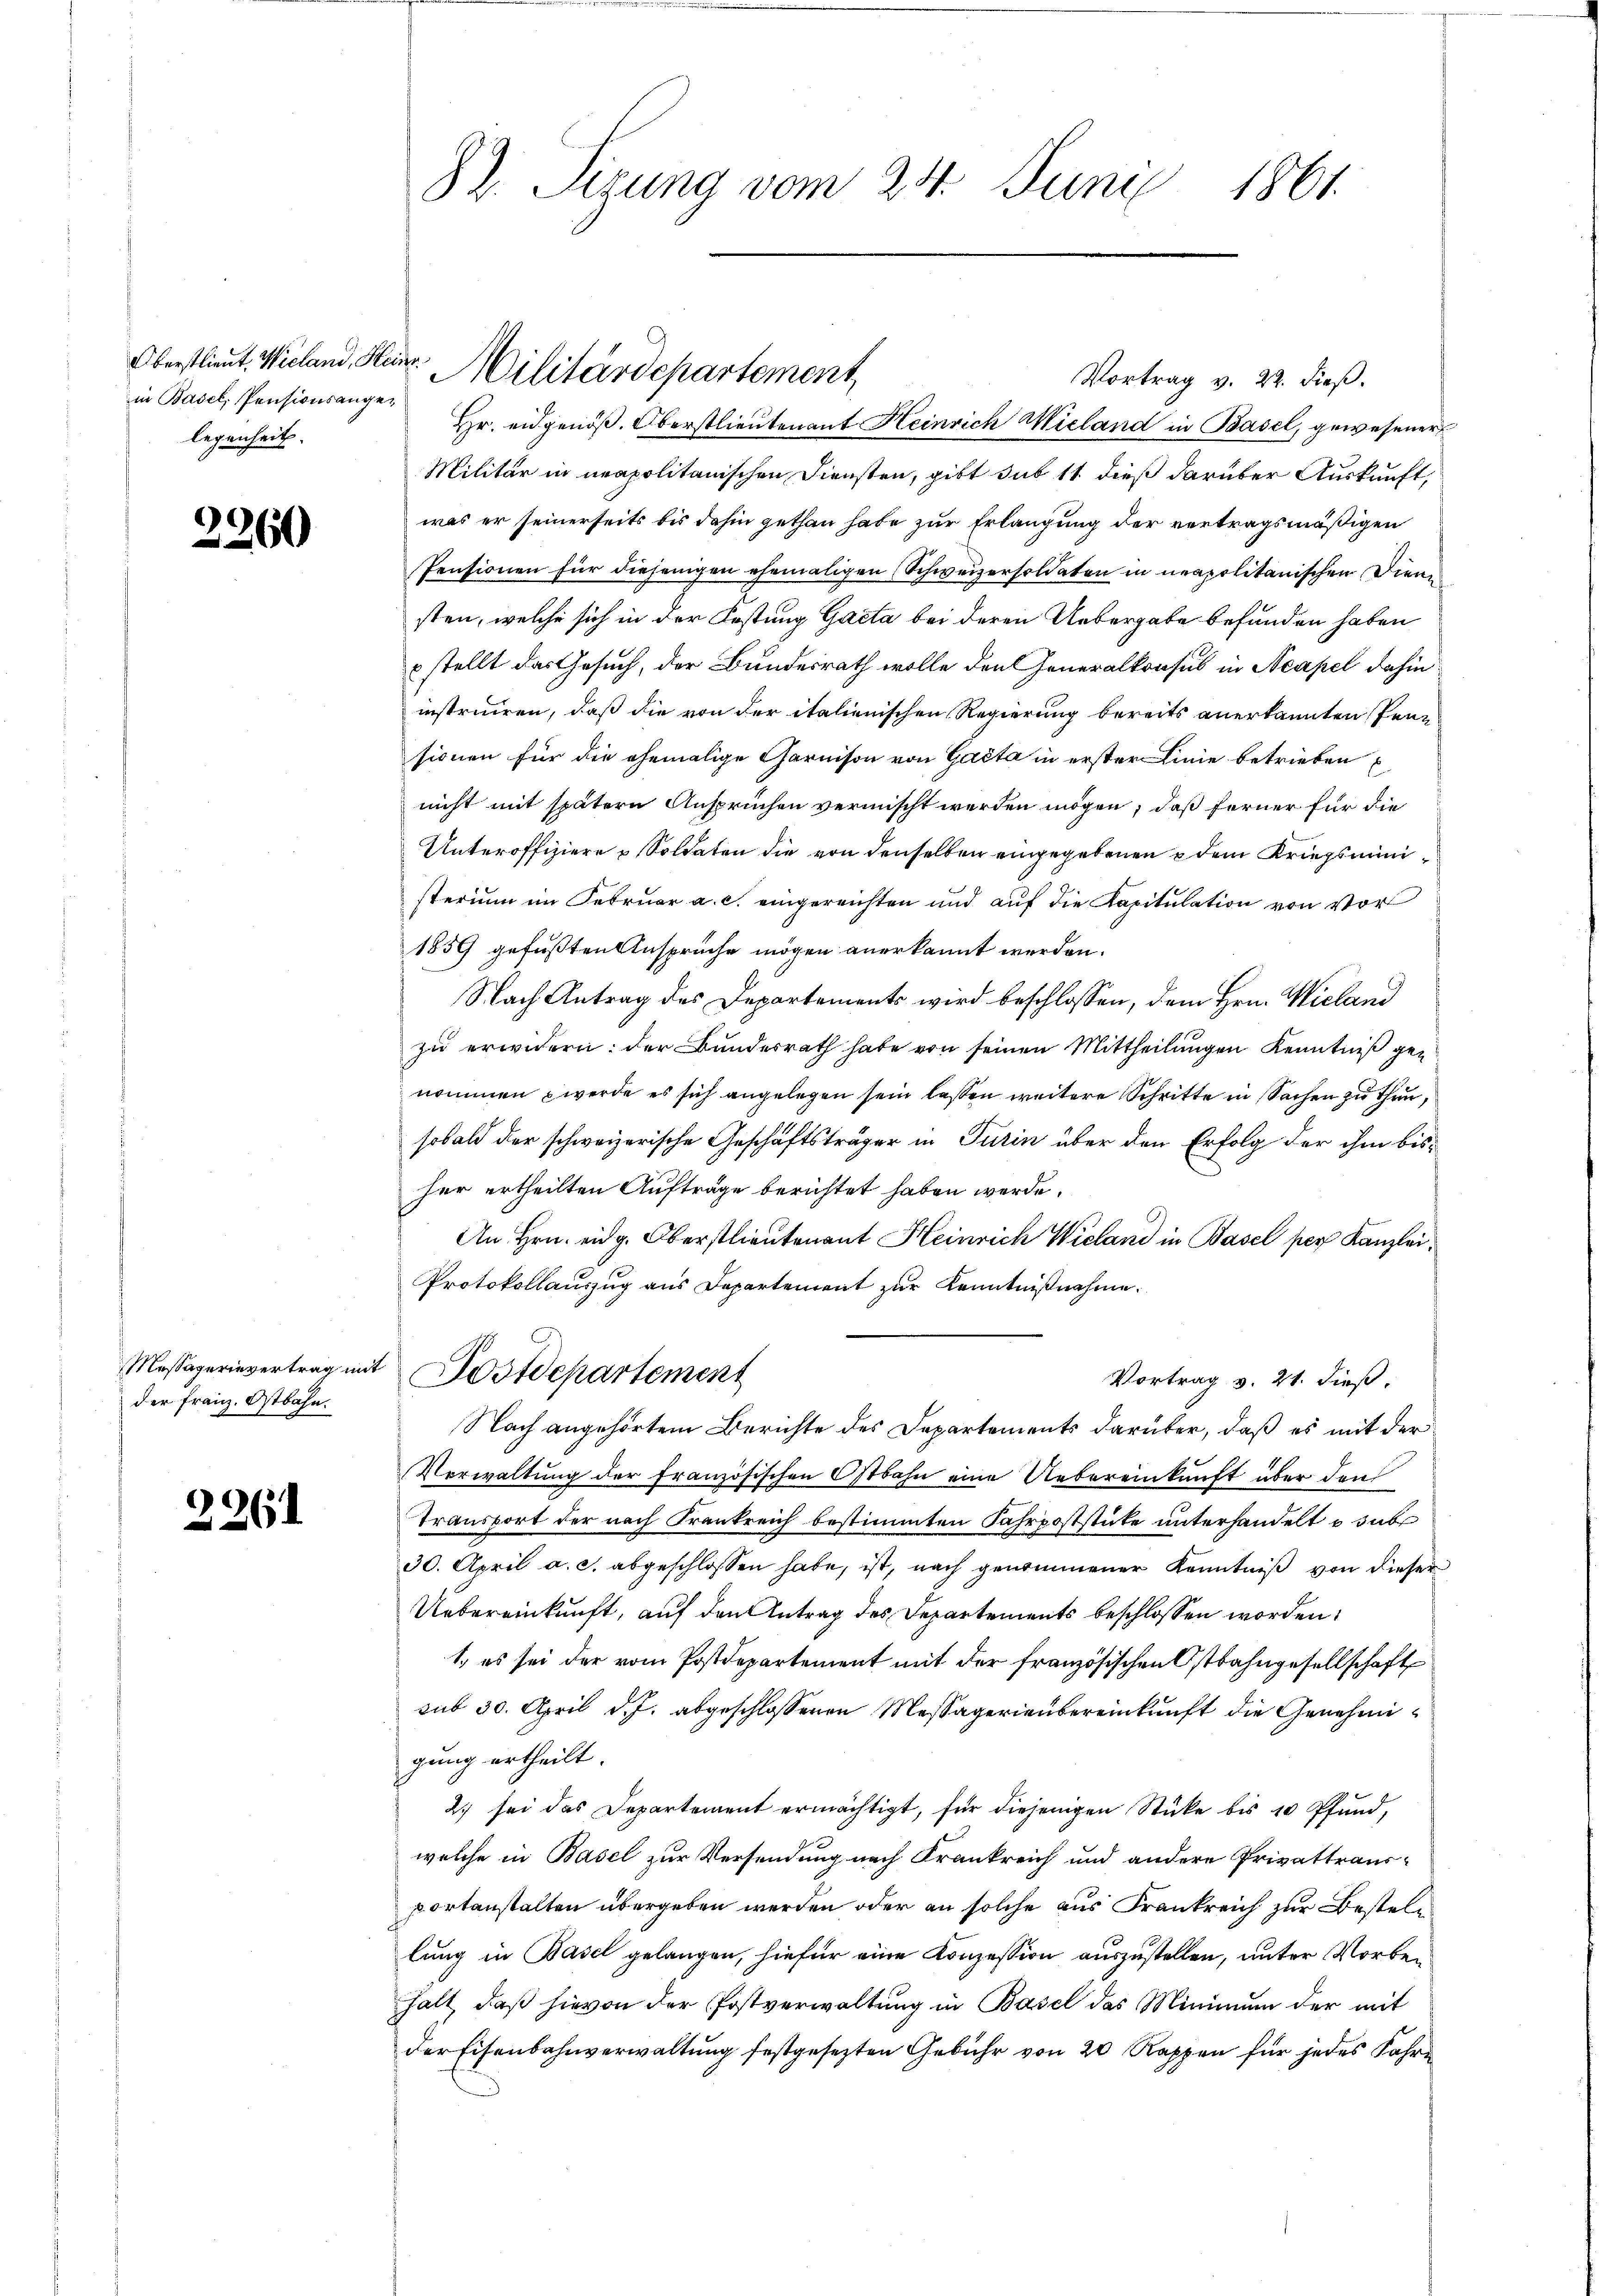
in Basel, Pensionsangelegenheit.

2260

Massagerievertrag mit
der Franz. Ostbahn.

2261

82. Sizung vom 24. Juni 1861.

Vortrag v. 22. dieß.
Hr. eidgenöß. Oberstlieutenant Heinrich Wieland in Basel, gewesener
Militär in neapolitanischen Diensten, gibt sub 11 dieß darüber Auskunft,
was er seinerseits bis dahin gethan habe zur Erlangung der vertragsmäßigen
Pensionen für diejenigen ehemaligen Schweizersoldaten in neapolitanischen Diensten, welche sich in der Festung Gacta bei deren Uebergabe befunden haben
stellt das Gesuch, der Bundesrath wolle den Generalkonsul in Neapel dahin.
instruiren, daß die von der italienischen Regierung bereits anerkannten Pensionen für die ehemalige Garnison von Gasta in erster Linie betrieben
nicht mit spätern Anspruchen vermischt werden mögen, daß ferner für die
Unteroffiziere Soldaten die von denselben eingegebenen dem Kriegsministerium im Februar a. c. eingereichten und auf die Kapitulation von Vorl
1859 gefaßten Anspruche mögen anerkannt werden.
Nach Antrag des Departements wird beschlossen, dem Hrn. Wieland
zu erwidern: der Bundesrath habe von seinen Mittheilungen Kenntniß genommen werde es sich angelegen sein lassen weitere Schritte in Sachen zu thun,
sobald der schweizerische Geschäftsträger in Turin über den Erfolg der ihm bisfer ertheilten Auftrage berichtet haben werde.
An Hrn. eidg. Oberstlieutenant Heinrich Wieland in Basel pers Kanzlei,
Protokollauszug aus Departement zur Kenntnißnahme.
Postdepartement
Vortrag v. 21. dieß,
Nach angehörtem Berichte des Departements darüber, daß es mit der
Verwaltung der französischen Ostbahn eine Uebereinkunft über den
Transport der nach Frankreich bestimmten Fahrpoststüke unterhandelt u. subr
30. April a. c. abgeschlossen habe, ist, nach genommener Kenntniß von dieser
Uebereinkunft, auf den Antrag des Departements beschlossen worden:
1. es sei der vom Postdepartement mit der französischen Ostbahngesellschaft
sub 30. April d. J. abgeschlossenen Messägerienbereinkunft die Genehmigung ertheilt.
2) sei das Departement ermächtigt, für diejenigen Stücke bis 10 Pfund,
welche in Basel zur Versendung nach Krankreich und andere Privattrausportanstalten übergeben werden oder an solche aus Frankreich zur Bestellung in Basel gelangen, hiefür eine Konzession auszustellen, unter Vorbehalt, daß hievon der Postverwaltung in Basel das Minimum der mit
der Eisenbahnverwaltung festgesezten Gebühr von 20 Rappen für jedes Jahre

Oberstlieut. Wieland, Herr Militärdepartement